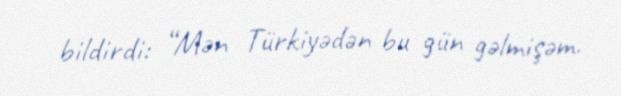
bildirdi: “Mən Türkiyədən bu gün gəlmişəm.